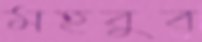
মহবুব